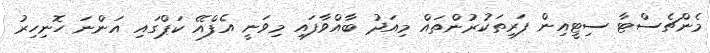
މެންޗެސްޓާ ސިޓީއިން ފަރިތަކުރުންތައް މިއަދު ބާއްވާފައި މިވަނީ އެފްއޭ ކަޕްގައި އަންނަ ހޮނިހިރު